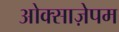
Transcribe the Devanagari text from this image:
ओक्साज़ेपम